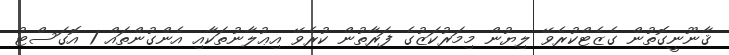
ޤާނޫނީގޮތުން ގެޒެޓްކުރެވޭ ލިޔުން މިމަރުކަޒުގެ ފަރާތުން ކުރެވޭ އިޢުލާނުތަކާއި އެންގުންތައް 1 އޮގަސްޓު